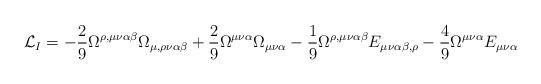
LaTeX: \begin{align*}{\cal L}_I = - \frac{2}{9} \Omega^{\rho,\mu\nu\alpha\beta}\Omega_{\mu,\rho\nu\alpha\beta} + \frac{2}{9} \Omega^{\mu\nu\alpha}\Omega_{\mu\nu\alpha} - \frac{1}{9} \Omega^{\rho,\mu\nu\alpha\beta}E_{\mu\nu\alpha\beta,\rho} - \frac{4}{9} \Omega^{\mu\nu\alpha}E_{\mu\nu\alpha}\end{align*}